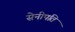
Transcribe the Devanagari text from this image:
सेनीपति